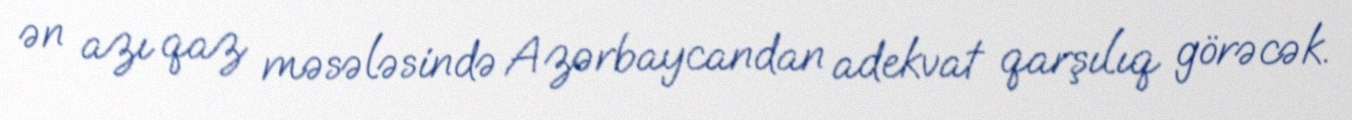
ən azı qaz məsələsində Azərbaycandan adekvat qarşılıq görəcək.